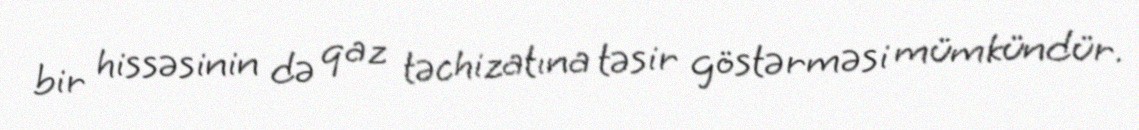
bir hissəsinin də qaz təchizatına təsir göstərməsi mümkündür.